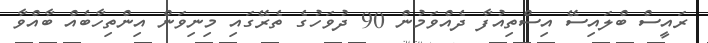
ރައީސް ބްލައިސޭ އިސްތިއުފާ ދެއްވަމުން 90 ދުވަހުގެ ތެރޭގައި މިނިވަން އިންތިހާބެއް ބާއްވާ